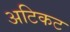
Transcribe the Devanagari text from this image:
अटिकट